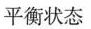
平衡状态